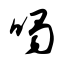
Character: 喝